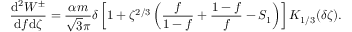
\frac { \mathrm { d } ^ { 2 } W ^ { \pm } } { \mathrm { d } f \mathrm { d } \zeta } = \frac { \alpha m } { \sqrt { 3 } \pi } \delta \left[ 1 + \zeta ^ { 2 / 3 } \left( \frac { f } { 1 - f } + \frac { 1 - f } { f } - S _ { 1 } \right) \right] K _ { 1 / 3 } ( \delta \zeta ) .